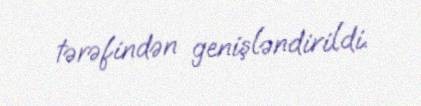
tərəfindən genişləndirildi.